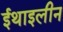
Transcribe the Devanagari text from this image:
ईथाइलीन